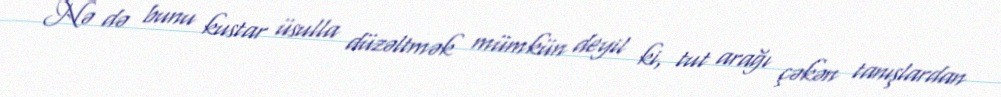
Nə də bunu kustar üsulla düzəltmək mümkün deyil ki, tut arağı çəkən tanışlardan